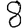
Digit: 8